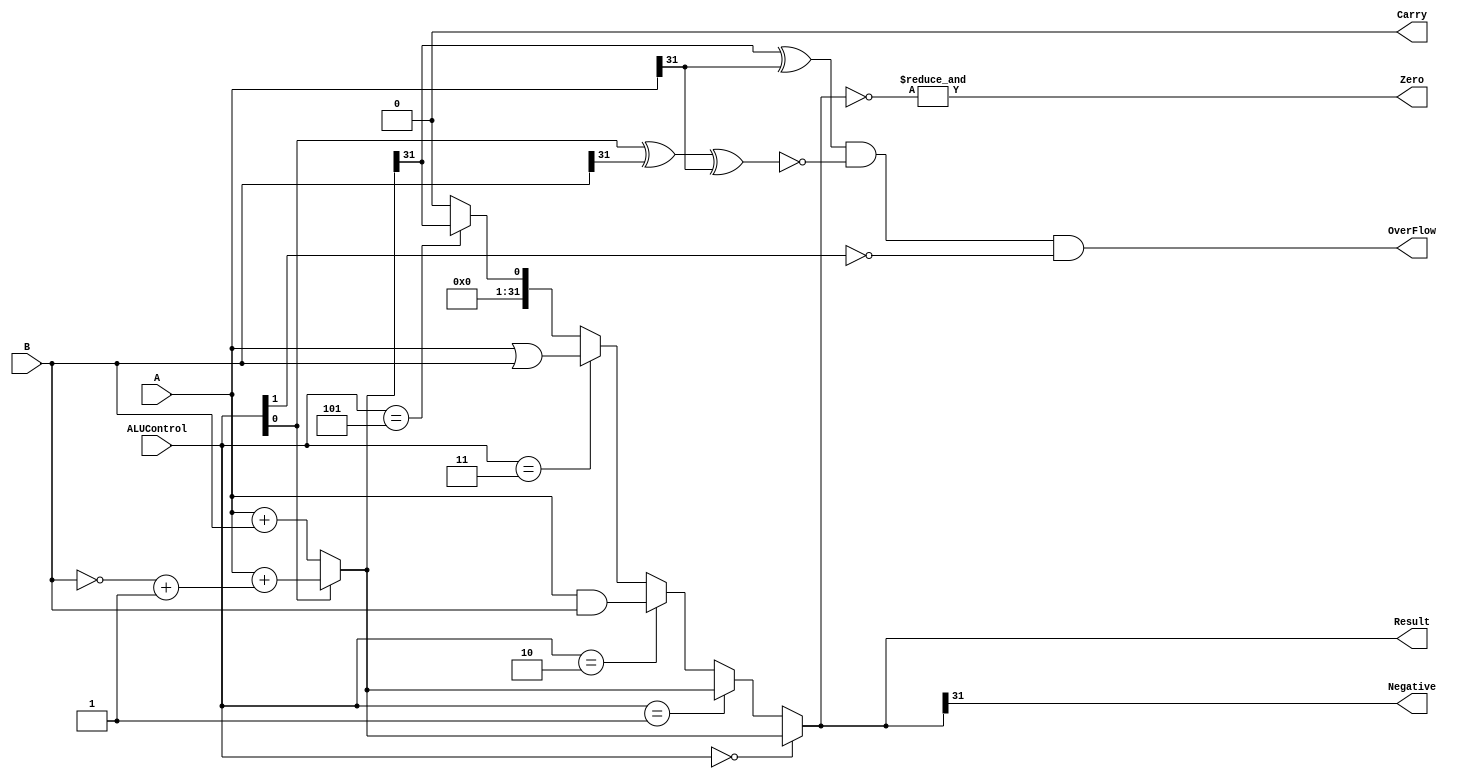
`timescale 1ns / 1ps
//////////////////////////////////////////////////////////////////////////////////
// Company: 
// Engineer: 
// 
// Design Name: 
// Module Name: RISC-V
// Project Name: 
// Target Devices: 
// Tool Versions: 
// Description: 
// 
// Dependencies: 
// 
// Revision:
// Revision 0.01 - File Created
// Additional Comments:
// 
//////////////////////////////////////////////////////////////////////////////////


module ALU #(parameter N=32) (A,B,Result,ALUControl,OverFlow,Carry,Zero,Negative);

    input [N-1:0]A,B;
    input [2:0]ALUControl;
    output Carry,OverFlow,Zero,Negative;
    output [N-1:0]Result;

    wire Cout;
    wire [N-1:0]Sum;

    assign Sum = (ALUControl[0] == 1'b0) ? (A + B) : (A + ((~B)+1)) ;  //for '0' sum and for '1' substraction
    assign {Cout,Result} = (ALUControl == 3'b000) ? Sum :           // For ALUControl 0 -> sum
                           (ALUControl == 3'b001) ? Sum :           // For ALUControl 1 -> difference
                           (ALUControl == 3'b010) ? A & B :         // For ALUControl 2 -> AND logic
                           (ALUControl == 3'b011) ? A | B :         // For ALUControl 3 -> OR logic
                           (ALUControl == 3'b101) ? {{N{1'b0}},(Sum[N-1])} :        //For future use
                           {(N+1){1'b0}};                                           //Set Cout and result to 0
    assign OverFlow = ((Sum[N-1] ^ A[N-1]) & (~(ALUControl[0] ^ B[N-1] ^ A[N-1])) & (~ALUControl[1]));  /* For overflow */
    assign Carry = ((~ALUControl[1]) & Cout);    //Carry or borrow flag
    assign Zero = &(~Result);           //Zero flag
    assign Negative = Result[N-1];      // Sign Flag

endmodule